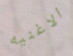
الاغنيه